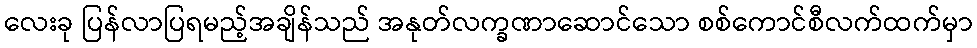
လေးခု ပြန်လာပြရမည့်အချိန်သည် အနုတ်လက္ခဏာဆောင်သော စစ်ကောင်စီလက်ထက်မှာ